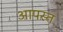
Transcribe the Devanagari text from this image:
आपस्त